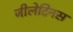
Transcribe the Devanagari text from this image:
जीलेटिनस